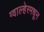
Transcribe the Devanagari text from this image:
ग्वाल्हेरमधून